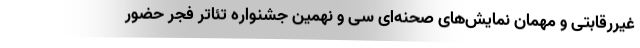
غیررقابتی و مهمان نمایش‌های صحنه‌ای سی و نهمین جشنواره تئاتر فجر حضور